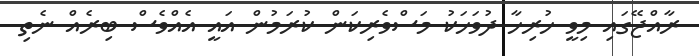
ރާއްޖޭގައި މިވީ ހުރިހާ ދުވަހަކު މަސްވެރިކަން ކުރަމުންް އައީ އެއްވެސް ބިރެއް ނެތި